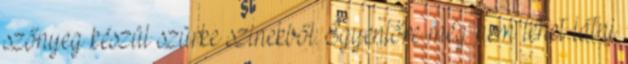
szőnyeg készül szürke szinekből. Egyenlőre még nem lehet látni